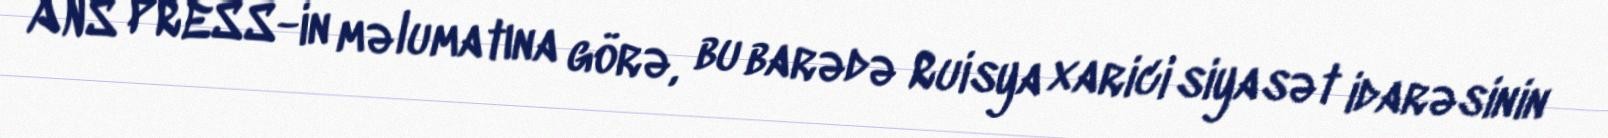
ANS PRESS-in məlumatına görə, bu barədə Ruisya xarici siyasət idarəsinin